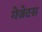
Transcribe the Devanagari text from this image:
गेजेटस